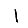
Digit: 1